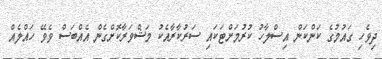
ދިވެހި ގައުމުގެ ކަންކަން އިސްލާހު ކުރުމަށްޓަކައި ސަރުކާރާއެކު މަޝްވަރާކޮށްގެން އެއްބަސް ވެވޭ ހައްލެއް